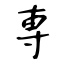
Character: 専